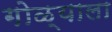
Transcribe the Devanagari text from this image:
गोळ्याला